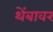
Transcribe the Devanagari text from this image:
थेंबावर